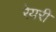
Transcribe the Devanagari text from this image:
रेयरी